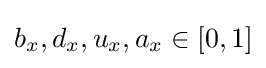
b_{x},d_{x},u_{x},a_{x}\in [0,1]\,\!